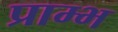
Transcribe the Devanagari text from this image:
प्राम्‍भ